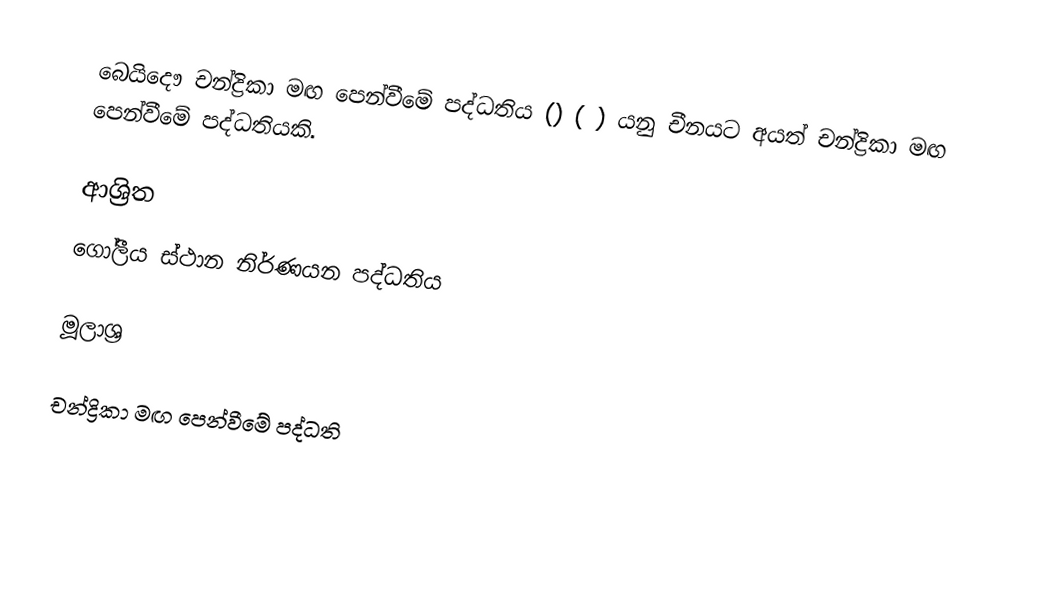
බෙයිදෞ චන්ද්‍රිකා මඟ පෙන්වීමේ පද්ධතිය () ( ) යනු චීනයට අයත් චන්ද්‍රිකා මඟ පෙන්වීමේ පද්ධතියකි.

ආශ්‍රිත
 ගෝලීය ස්ථාන නිර්ණයන පද්ධතිය

මූලාශ්‍ර

චන්ද්‍රිකා මඟ පෙන්වීමේ පද්ධති